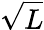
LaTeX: \sqrt{L}